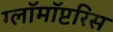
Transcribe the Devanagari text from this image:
ग्लॉमॉप्टरिस